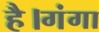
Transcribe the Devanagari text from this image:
है।गंगा